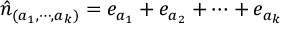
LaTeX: \hat { n } _ { ( a _ { 1 } , \cdots , a _ { k } ) } = e _ { a _ { 1 } } + e _ { a _ { 2 } } + \cdots + e _ { a _ { k } }